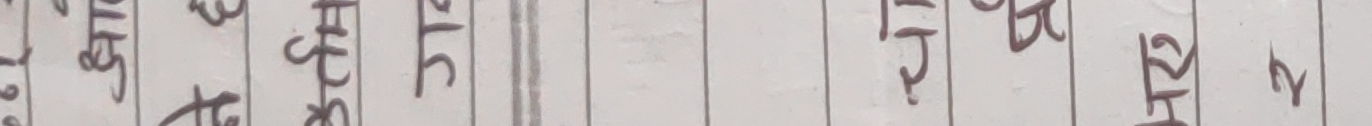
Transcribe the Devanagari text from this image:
१९ अ घंटे ३० मि. १५ मि. १२ मि. २